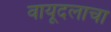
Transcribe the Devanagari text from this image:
वायूदलाचा